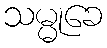
သမ္မုခေ